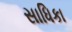
સાધિકા